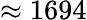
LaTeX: \approx 1694